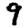
Digit: 9